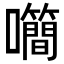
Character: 𡅉